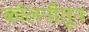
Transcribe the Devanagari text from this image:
कॉलनीतून